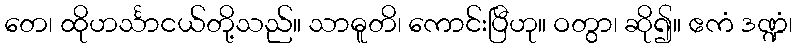
တေ၊ ထိုဟင်္သာငယ်တို့သည်။ သာဓူတိ၊ ကောင်းပြီဟု။ ဝတွာ၊ ဆို၍။ ဧကံ ဒဏ္ဍံ၊